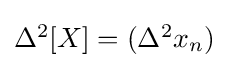
{\textstyle \Delta ^{2}[X]=(\Delta ^{2}x_{n})}